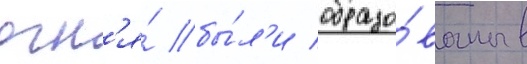
огн'я́ бы́л'и образо́ваны в